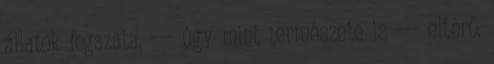
állatok fogazata, --- úgy mint természete is --- eltérő.